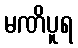
မဏိပူရ